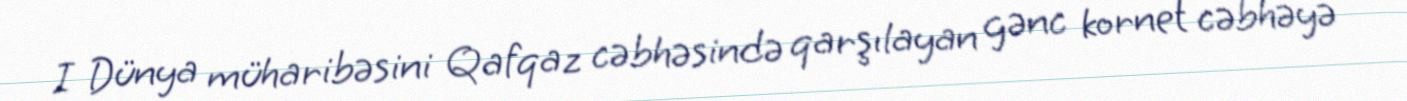
I Dünya müharibəsini Qafqaz cəbhəsində qarşılayan gənc kornet cəbhəyə